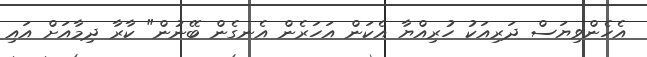
އެހެންވިޔަސް ދަރިއަކު ހުރިއްޔާ އެކަން އަހަރެން އެނގެން ބޭނުން" ކާރާ ދިމާއަށް އައި